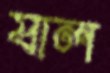
যাল